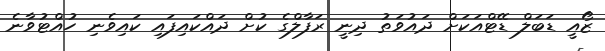
ޒޯއީ ޑަބަލް ޑޭޓްއަކަށް ދައުވަތު ދިނީ ރަފާލްގެ ކުށް ދައްކައިފައި ކައިވެނި ހުއްޓުވާނެ